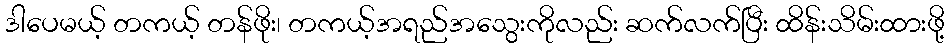
ဒါပေမယ့် တကယ့် တန်ဖိုး၊ တကယ့်အရည်အသွေးကိုလည်း ဆက်လက်ပြီး ထိန်းသိမ်းထားဖို့